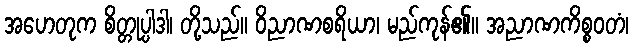
အဟေတုက စိတ္တုပ္ပါဒါ၊ တို့သည်။ ဝိညာဏစရိယာ၊ မည်ကုန်၏။ အညာဏကိစ္စဝတံ၊